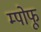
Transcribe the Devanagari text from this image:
म्पोफू